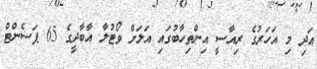
އަދި މި އަހަރުގެ ރިއާސީ އިންތިހާބުގައި އަލަށް ވޯޓުލާ އާބާދީގެ 65 ޕަސެންޓް